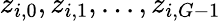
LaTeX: z_{i,0},z_{i,1},...,z_{i,G-1}